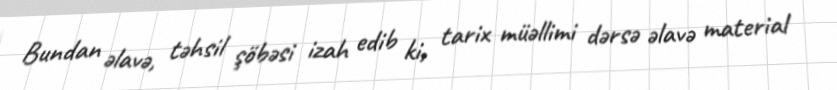
Bundan əlavə, təhsil şöbəsi izah edib ki, tarix müəllimi dərsə əlavə material